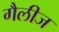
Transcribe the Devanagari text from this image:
गैलीज